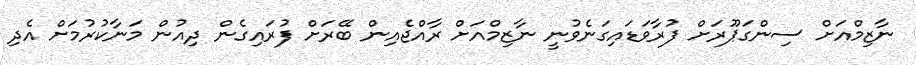
ނާޒިމްއަށް ސިންގަޕޫރަށް ފުރާވަޑައިގަނެވުނީ ނާޒިމްއަށް ރާއްޖެއިން ބޭރަށް ފުރައިގެން ދިއުން މަނާކުރުމަށް އެދި